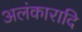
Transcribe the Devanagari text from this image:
अलंकारादि